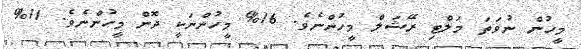
މީހުން ނުވަތަ މަލްޓި ރޭޝަލް މީހުންނެވެ. 16% މީހުންނަކީ ދޮން މީހުންނެވެ. 11%